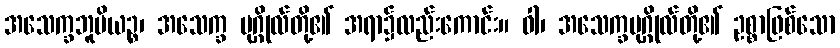
အသေက္ခဘူမိယဉ္စ၊ အသေက္ခ ပုဂ္ဂိုလ်တို့၏ အရာ၌လည်းကောင်း။ ဝါ၊ အသေက္ခပုဂ္ဂိုလ်တို့၏ ဥစ္စာဖြစ်သော